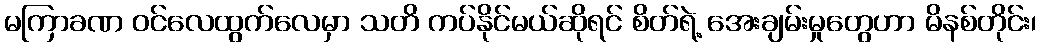
မကြာခဏ ဝင်လေထွက်လေမှာ သတိ ကပ်နိုင်မယ်ဆိုရင် စိတ်ရဲ့ အေးချမ်းမှုတွေဟာ မိနစ်တိုင်း၊